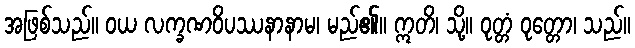
အဖြစ်သည်။ ဝယ လက္ခဏဝိပဿနာနာမ၊ မည်၏။ ဣတိ၊ သို့။ ဝုတ္တံ ဝုတ္တော၊ သည်။